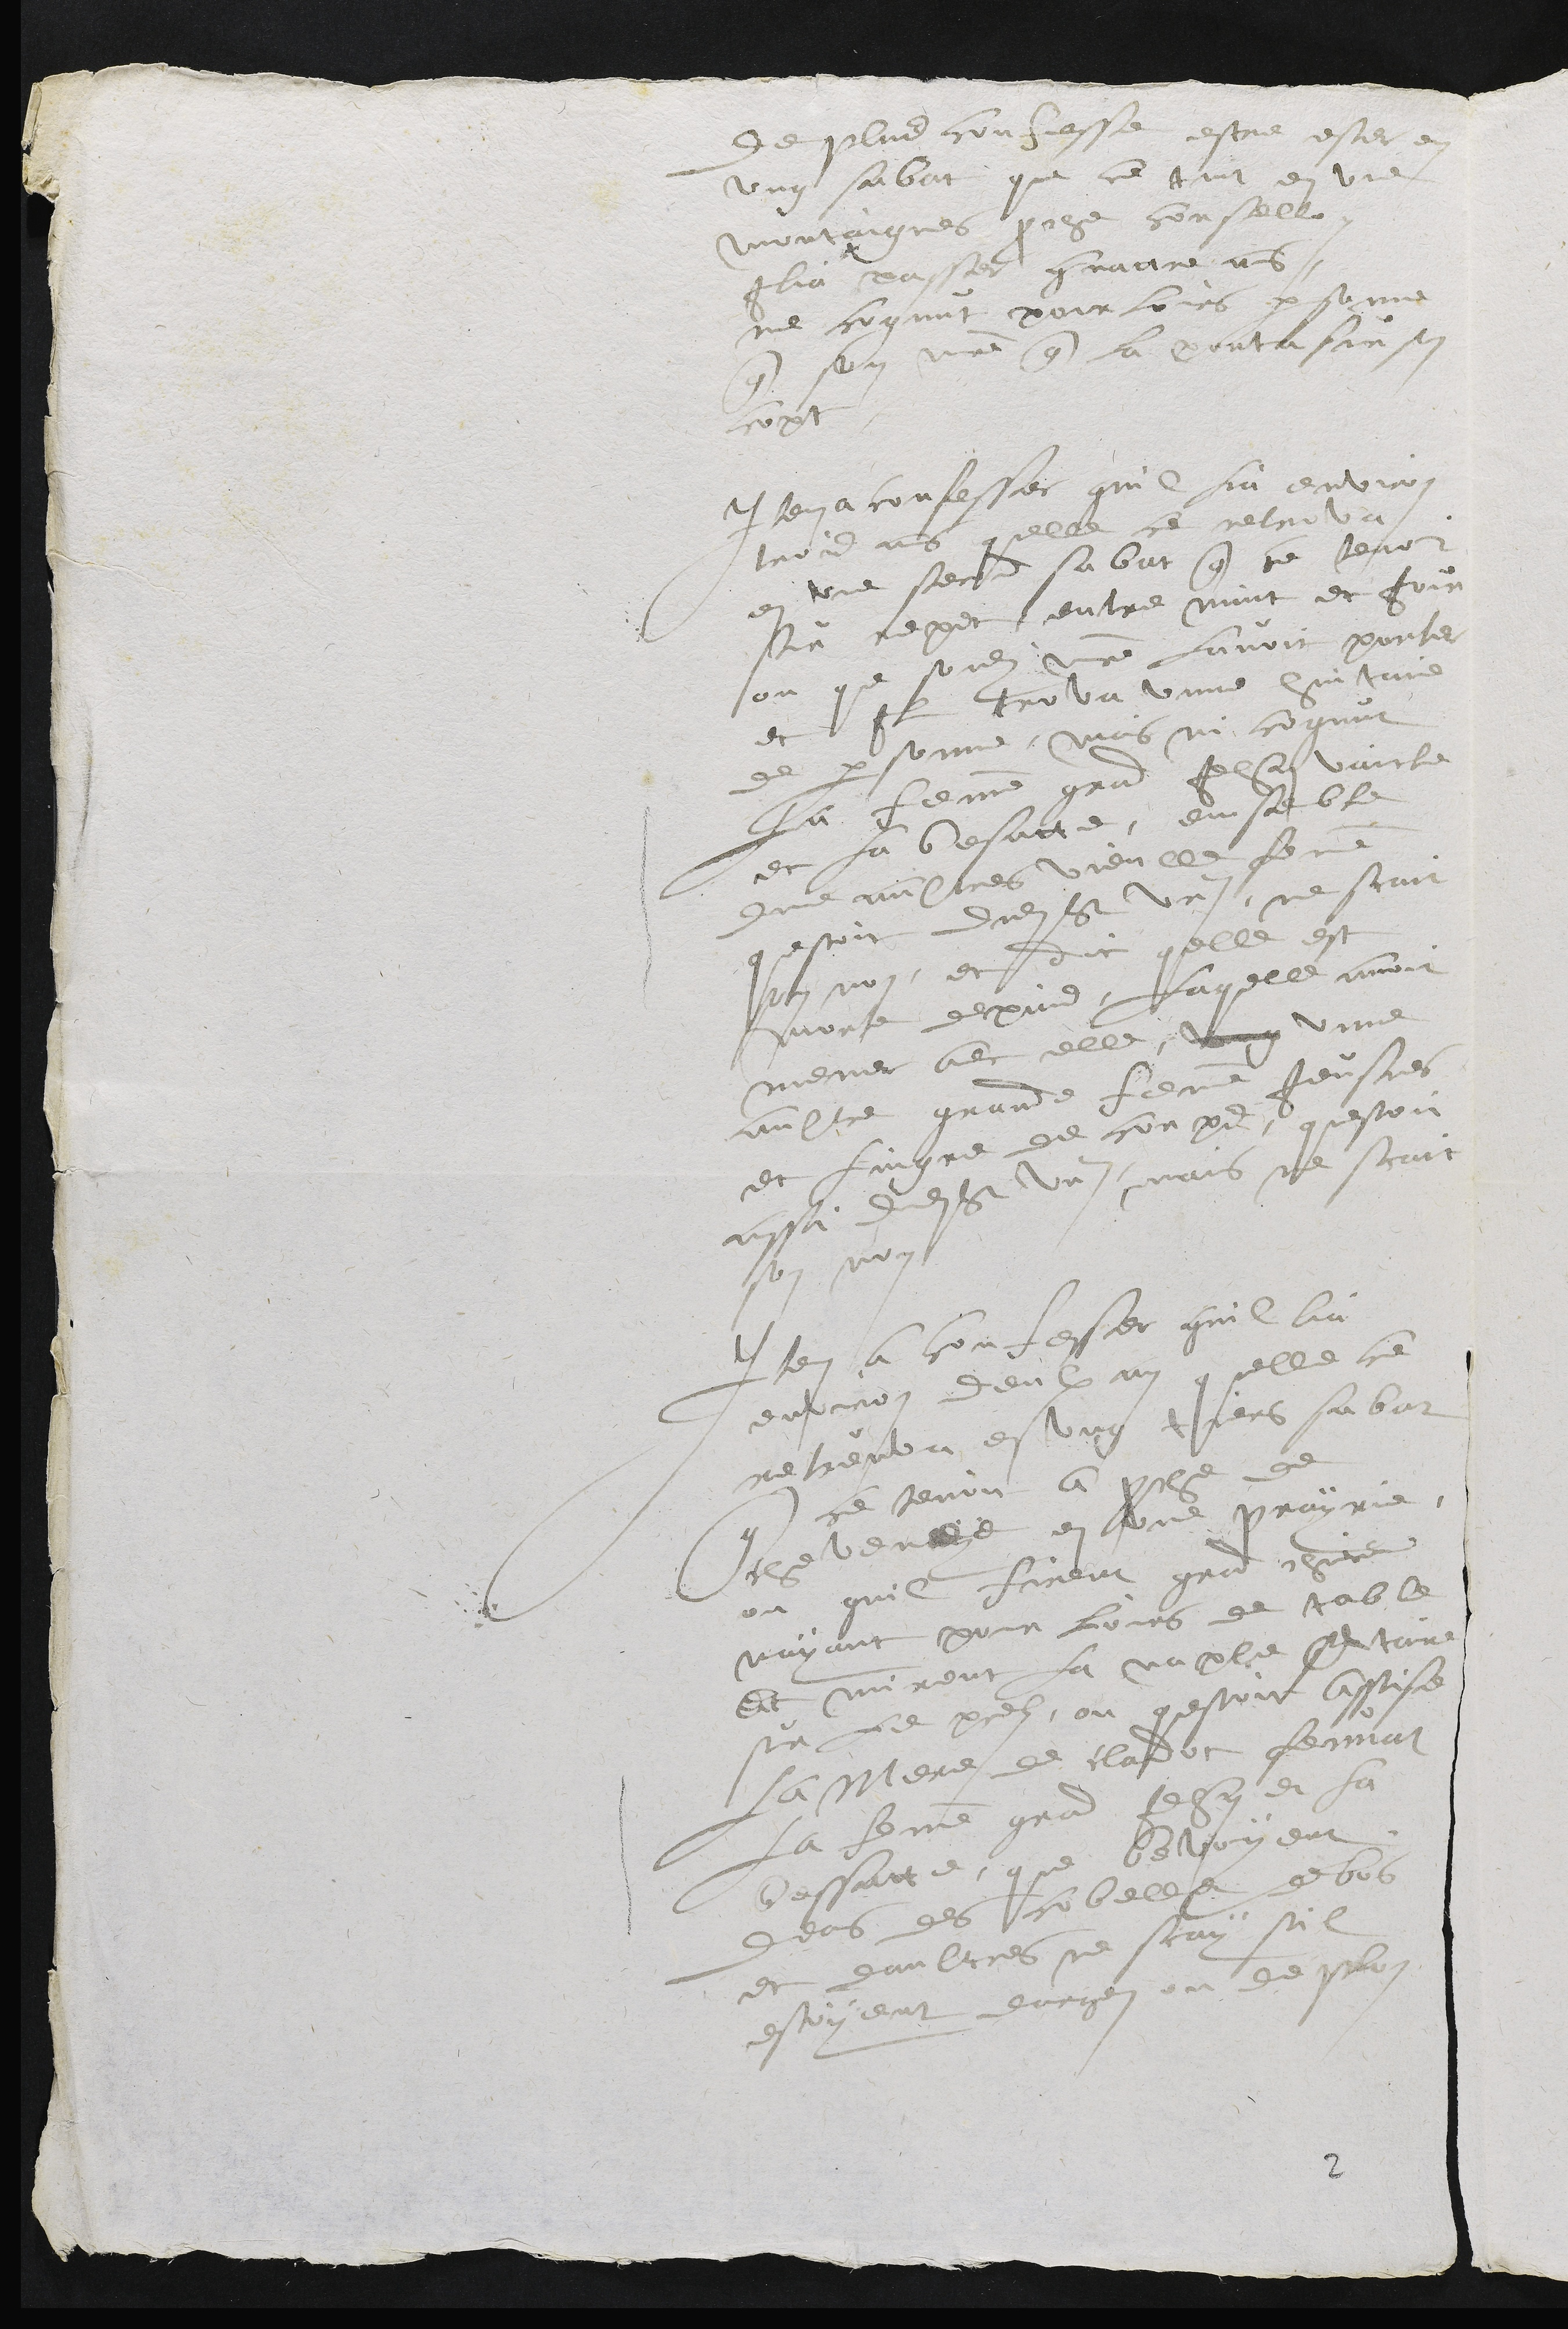
de plus confesse estre ester en
ung sabat que ce tint en une
montaignes proche corselle,
Ilia passer quattre ans
ne congnut pour lors personne
que son maistre que la porta sur son
copt
Item a confesser quil lia environ
troid ans quelle ce retrova
en une second sabat que ce tenoit
sur repet entre nuit et jour
ou que sondit maitre lavoit porter
et Il trova unne huitaine
de personne, mais ni cognut
la femme grand Jehan Vaicle
et la besatte, ensemble
que aultres vieulle femme
questoit dudit St Ursanne, ne scait
son nom, et dit quelle est
morte depuis, laquelle avoit
mener avec elle, ung une
aultre grande femme Jeusnes
et laigre de corps, questoit
aussi dudit St Ursanne, mais ne scait
son nom.
Item a confesser quil lia
environ deulx an quelle ce
retreuva en ung tiers sabat
que ce tenoit a proche de
cheveneye en une prayrie
ou quil firent grand chiere
nayant pour lours de table
et mirent la naple sertaire
sur le prels, ou questoit assise
la mere de Claudot feunat
la femme grand Jehan et la
bessatte que bevoyent
deans des cobelle de bois
et daultres ne scay sil
estoyent dargen ou de plon
2